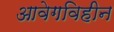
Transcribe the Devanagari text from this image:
आवेगविहीन